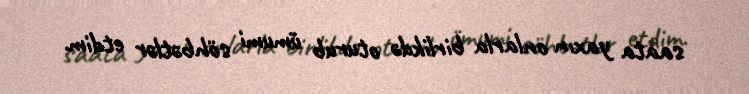
saata yaxın onlarla birlikdə oturub ümumi söhbətlər etdim.